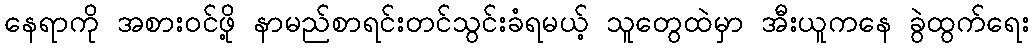
နေရာကို အစားဝင်ဖို့ နာမည်စာရင်းတင်သွင်းခံရမယ့် သူတွေထဲမှာ အီးယူကနေ ခွဲထွက်ရေး